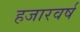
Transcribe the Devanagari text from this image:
हजारवर्ष